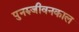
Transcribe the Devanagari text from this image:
पुनरुजीवनकाल